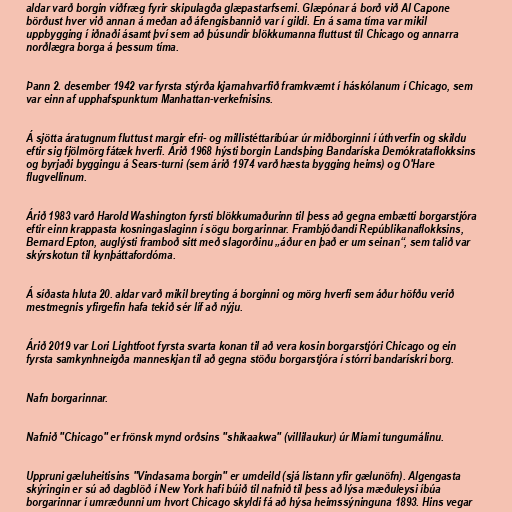
aldar varð borgin víðfræg fyrir skipulagða glæpastarfsemi. Glæpónar á borð við Al Capone
börðust hver við annan á meðan að áfengisbannið var í gildi. En á sama tíma var mikil
uppbygging í iðnaði ásamt því sem að þúsundir blökkumanna fluttust til Chicago og annarra
norðlægra borga á þessum tíma.

Þann 2. desember 1942 var fyrsta stýrða kjarnahvarfið framkvæmt í háskólanum í Chicago, sem
var einn af upphafspunktum Manhattan-verkefnisins.

Á sjötta áratugnum fluttust margir efri- og millistéttaríbúar úr miðborginni í úthverfin og skildu
eftir sig fjölmörg fátæk hverfi. Árið 1968 hýsti borgin Landsþing Bandaríska Demókrataflokksins
og byrjaði byggingu á Sears-turni (sem árið 1974 varð hæsta bygging heims) og O'Hare
flugvellinum.

Árið 1983 varð Harold Washington fyrsti blökkumaðurinn til þess að gegna embætti borgarstjóra
eftir einn krappasta kosningaslaginn í sögu borgarinnar. Frambjóðandi Repúblikanaflokksins,
Bernard Epton, auglýsti framboð sitt með slagorðinu „áður en það er um seinan“, sem talið var
skýrskotun til kynþáttafordóma.

Á síðasta hluta 20. aldar varð mikil breyting á borginni og mörg hverfi sem áður höfðu verið
mestmegnis yfirgefin hafa tekið sér líf að nýju.

Árið 2019 var Lori Lightfoot fyrsta svarta konan til að vera kosin borgarstjóri Chicago og ein
fyrsta samkynhneigða manneskjan til að gegna stöðu borgarstjóra í stórri bandarískri borg.

Nafn borgarinnar.

Nafnið "Chicago" er frönsk mynd orðsins "shikaakwa" (villilaukur) úr Miami tungumálinu.

Uppruni gæluheitisins "Vindasama borgin" er umdeild (sjá listann yfir gælunöfn). Algengasta
skýringin er sú að dagblöð í New York hafi búið til nafnið til þess að lýsa mæðuleysi íbúa
borgarinnar í umræðunni um hvort Chicago skyldi fá að hýsa heimssýninguna 1893. Hins vegar